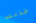
خذلته